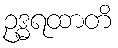
ဥဒ္ဓရထာတိ